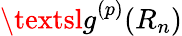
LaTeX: {\textsl{g}}^{({p})}{(R_{n})}